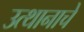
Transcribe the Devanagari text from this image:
उत्थानाचे